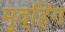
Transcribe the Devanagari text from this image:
मुव्हिंग